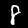
Digit: 8